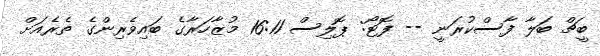
ބީޗް ބަލާ ފާސްކުރަނީ -- ފޮޓޯ: ޕޮލިސް 16:11 މުޒާހަރާގެ ބައިވެރިންގެ ތެރެއަށް